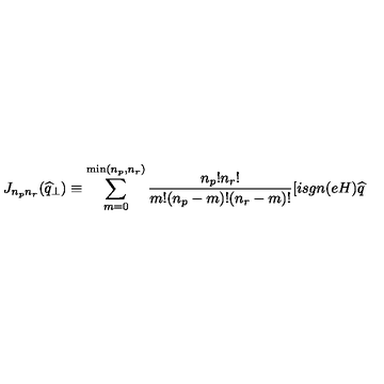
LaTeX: J _ { n _ { p } n _ { r } } ( \widehat { q } _ { \perp } ) \equiv \sum _ { m = 0 } ^ { \min ( n _ { p } , n _ { r } ) } \frac { n _ { p } ! n _ { r } ! } { m ! ( n _ { p } - m ) ! ( n _ { r } - m ) ! } [ i s g n ( e H ) \widehat { q }